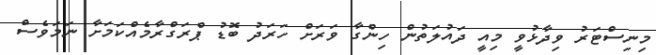
މިނިސްޓަރު ވިދާޅުވީ މިއީ ދައުލަތުން ހިންގާ ވަރަށް ހަރަދު ބޮޑު ޕްރަގްރާމެއްކަމަށާ ނަމަވެސް